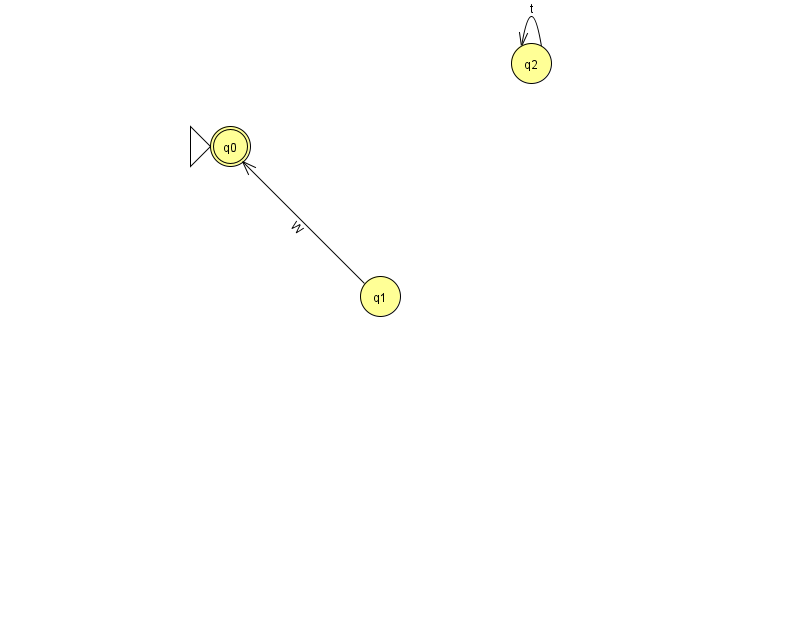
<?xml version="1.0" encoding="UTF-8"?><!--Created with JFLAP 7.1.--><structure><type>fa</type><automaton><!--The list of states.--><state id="0" name="q0"><x>230.0</x><y>133.0</y><initial/><final/></state><state id="1" name="q1"><x>380.0</x><y>283.0</y></state><state id="2" name="q2"><x>531.0</x><y>50.0</y></state><!--The list of transitions.--><transition><from>2</from><to>2</to><read>t</read></transition><transition><from>1</from><to>0</to><read>W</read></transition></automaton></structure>